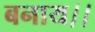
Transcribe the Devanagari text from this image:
बनाय।।